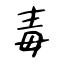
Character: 毒